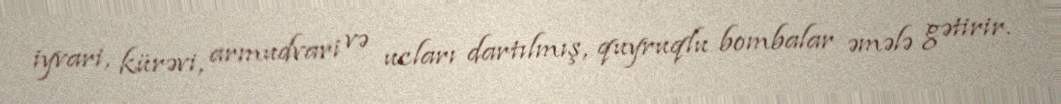
iyvari, kürəvi, armudvari və ucları dartılmış, quyruqlu bombalar əmələ gətirir.